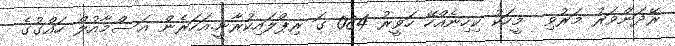
ރޭދަންވަރު މަރުވި  މީހަކު ކިހިނެއްހޭ ހަވީރު 084 ގަ ރިޕްލައިކުރާނީ.އަހަރެން އަސްމާއުލް ހައްގުގެ